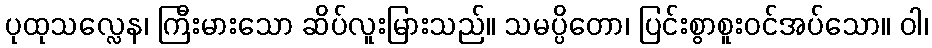
ပုထုသလ္လေန၊ ကြီးမားသော ဆိပ်လူးမြားသည်။ သမပ္ပိတော၊ ပြင်းစွာစူးဝင်အပ်သော။ ဝါ၊